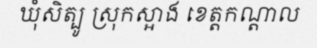
ឃុំសិត្បូ ស្រុកស្អាង ខេត្តកណ្តាល